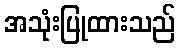
အသုံးပြုထားသည်